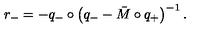
r _ { - } = - q _ { - } \circ \left( q _ { - } - \bar { M } \circ q _ { + } \right) ^ { - 1 } .